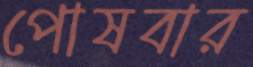
পোষবার